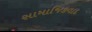
સામાજિકવાદ